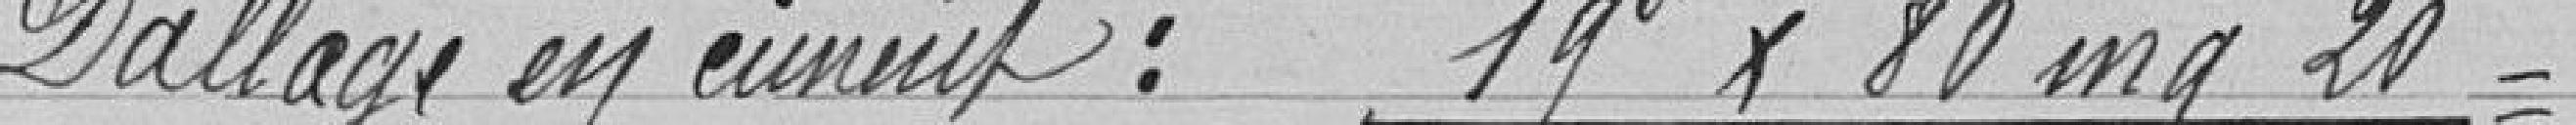
Dallage en ciment : 19 F x 80 mg 20